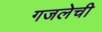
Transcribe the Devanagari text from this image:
गजलेची